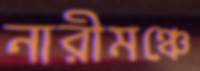
নারীমঞ্চে